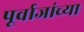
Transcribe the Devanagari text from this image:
पूर्वाजांच्या